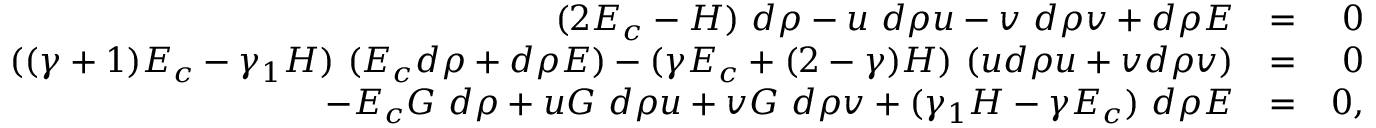
\begin{array} { r l r } { ( 2 E _ { c } - H ) ~ d \rho - u ~ d \rho u - v ~ d \rho v + d \rho E } & { = } & { 0 } \\ { ( ( \gamma + 1 ) E _ { c } - \gamma _ { 1 } H ) ~ ( E _ { c } d \rho + d \rho E ) - ( \gamma E _ { c } + ( 2 - \gamma ) H ) ~ ( u d \rho u + v d \rho v ) } & { = } & { 0 } \\ { - E _ { c } G ~ d \rho + u G ~ d \rho u + v G ~ d \rho v + ( \gamma _ { 1 } H - \gamma E _ { c } ) ~ d \rho E } & { = } & { 0 , } \end{array}